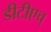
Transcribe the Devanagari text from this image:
डीटीएच्‌